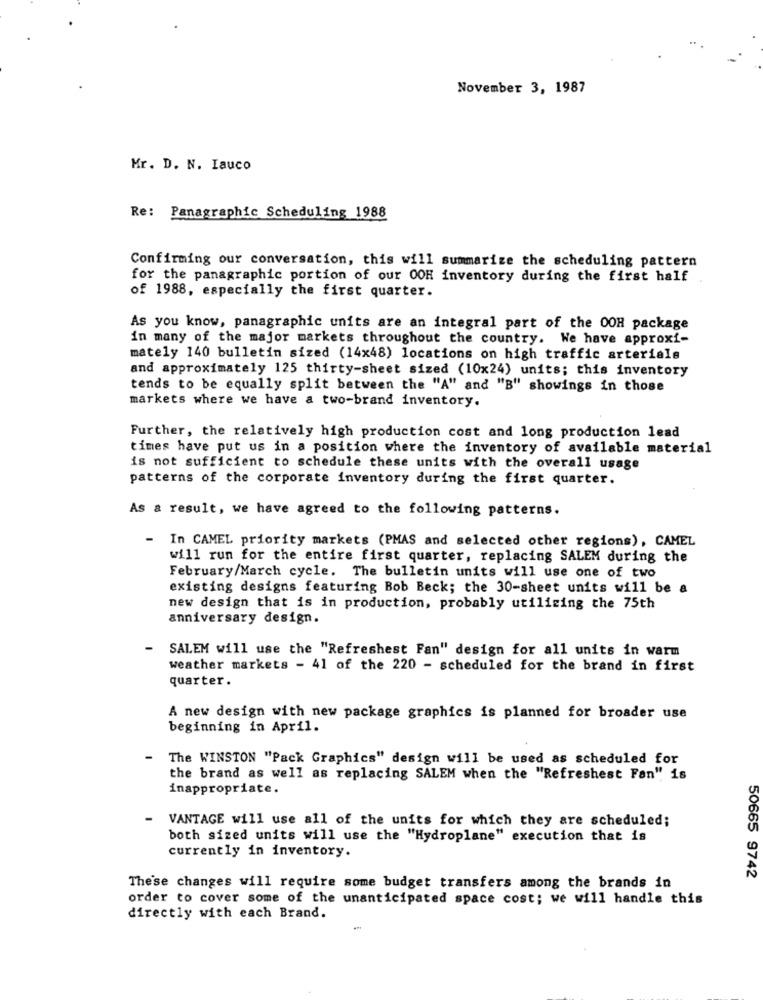
November 3, 1987
Mr. D. N. Iauco
Re: Panagraphic Scheduling 1988
Confirming our conversation, this will summarize the scheduling pattern
for the panagraphic portion of our OOH inventory during the first half
of 1988, especially the first quarter.
As you know, panagraphic units are an integral part of the 0OR package
in many of the major markets throughout the country. We have approxi-
mately 140 bulletin sized (14x48) locations on high traffic arterials
and approximately 125 thirty-sheet sized (10x24) units; this inventory
tends to be equally split between the "A" and "B" showings in those
markets where we have a two-brand inventory.
Further, the relatively high production cost and long production lead
times have put us in a position where the inventory of available material
is not sufficient to schedule these units with the overall usage
patterns of the corporate inventory during the first quarter.
As a result, we have agreed to the following patterns.
-
In CAMEL priority markets (PMAS and selected other regions), CAMEL
will run for the entire first quarter, replacing SALEM during the
February/March cycle. The bulletin units will use one of two
existing designs featuring Bob Beck; the 30-sheet units will be a
new design that is in production, probably utilizing the 75th
anniversary design.
SALEM will use the "Refreshest Fan" design for all units in warm
weather markets - 41 of the 220 - scheduled for the brand in first
quarter.
A new design with new package graphics is planned for broader use
beginning in April.
- The WINSTON "Pack Graphics" design will be used as scheduled for
the brand as well as replacing SALEM when the "Refreshest Fan" is
inappropriate.
VANTAGE will use all of the units for which they are scheduled;
both sized units will use the "Hydroplane" execution that is
currently in inventory.
50665 9742
These changes will require some budget transfers among the brands in
order to cover some of the unanticipated space cost; we will handle this
directly with each Brand.